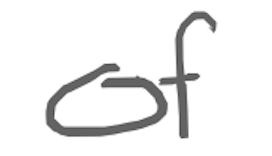
Text: of
Cross-out: clean
Writing tool: digital_gray